Civil Veterinary Department. Central Provinces & Berar 1932-41 - 1932-1941
Year: 1932
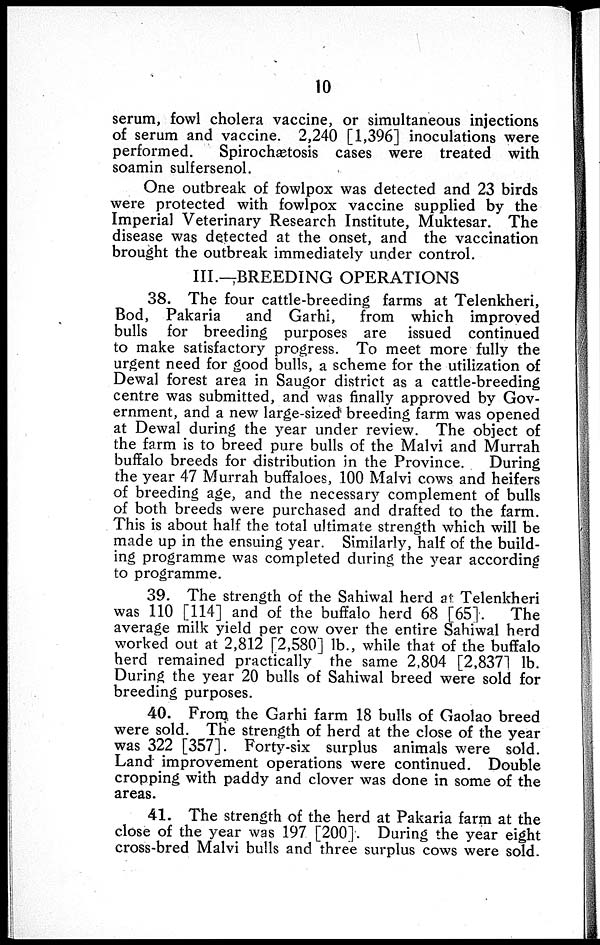
10
serum, fowl cholera vaccine, or simultaneous injections
of serum and vaccine. 2,240 [1,396] inoculations were
performed.
Spirochætosis cases were treated with
soamin sulfersenol.
One outbreak of fowlpox was detected and 23 birds
were protected with fowlpox vaccine supplied by the
Imperial Veterinary Research Institute, Muktesar. The
disease was detected at the onset, and the vaccination
brought the outbreak immediately under control.
III.—BREEDING OPERATIONS
38. The four cattle-breeding farms at Telenkheri,
Bod, Pakaria
and Garhi,
from which improved
bulls for breeding purposes are issued continued
to make satisfactory progress. To meet more fully the
urgent need for good bulls, a scheme for the utilization of
Dewal forest area in Saugor district as a cattle-breeding
centre was submitted, and was finally approved by Gov-
ernment, and a new large-sized breeding farm was opened
at Dewal during the year under review. The object of
the farm is to breed pure bulls of the Malvi and Murrah
buffalo breeds for distribution in the Province.
During
the year 47 Murrah buffaloes, 100 Malvi cows and heifers
of breeding age, and the necessary complement of bulls
of both breeds were purchased and drafted to the farm.
This is about half the total ultimate strength which will be
made up in the ensuing year. Similarly, half of the build-
ing programme was completed during the year according
to programme.
39. The strength of the Sahiwal herd at Telenkheri
was 110 [114] and of the buffalo herd 68 [65].
The
average milk yield per cow over the entire Sahiwal herd
worked out at 2,812 [2,580] lb., while that of the buffalo
herd remained practically the same 2,804 [2,837] lb.
During the year 20 bulls of Sahiwal breed were sold for
breeding purposes.
40. From the Garhi farm 18 bulls of Gaolao breed
were sold. The strength of herd at the close of the year
was 322 [357]. Forty-six surplus animals were sold.
Land improvement operations were continued. Double
cropping with paddy and clover was done in some of the
areas.
41. The strength of the herd at Pakaria farm at the
close of the year was 197 [200]. During the year eight
cross-bred Malvi bulls and three surplus cows were sold.